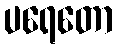
ပရေတော